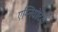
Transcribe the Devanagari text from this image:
एम्नियोटिक